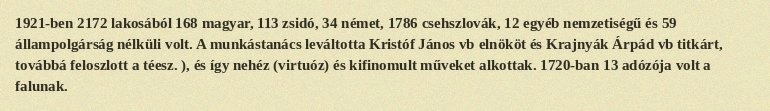
1921-ben 2172 lakosából 168 magyar, 113 zsidó, 34 német, 1786 csehszlovák, 12 egyéb nemzetiségű és 59 állampolgárság nélküli volt. A munkástanács leváltotta Kristóf János vb elnököt és Krajnyák Árpád vb titkárt, továbbá feloszlott a téesz. ), és így nehéz (virtuóz) és kifinomult műveket alkottak. 1720-ban 13 adózója volt a falunak.